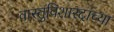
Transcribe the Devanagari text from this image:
वास्तुविशारदांच्या